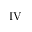
\mathrm { I V }